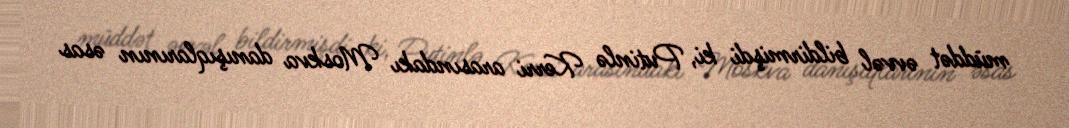
müddət əvvəl bildirmişdi ki, Putinlə Kerri arasındakı Moskva danışıqlarının əsas